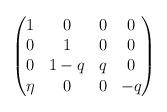
LaTeX: \begin{align*} \begin{pmatrix}1 & 0 & 0 & 0\\0 & 1 & 0 & 0\\0 & 1-q & q & 0\\\eta & 0 & 0 & -q\end{pmatrix}\end{align*}